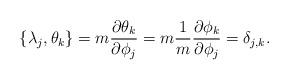
LaTeX: \begin{align*}\{\lambda_j,\theta_k\}=m\frac{\partial\theta_k}{\partial\phi_j}=m\frac{1}{m}\frac{\partial\phi_k}{\partial\phi_j}=\delta_{j,k}.\end{align*}